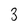
Character: 3